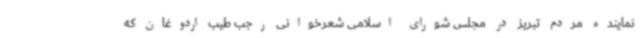
نماینده مردم تبریز در مجلس شورای اسلامی شعرخوانی رجب طیب اردوغان که